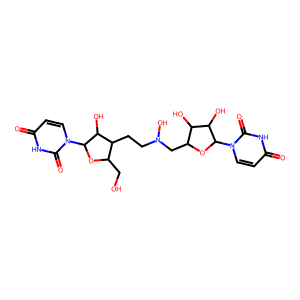
SMILES: O=c1ccn(C2OC(CN(O)CCC3C(CO)OC(n4ccc(=O)[nH]c4=O)C3O)C(O)C2O)c(=O)[nH]1
Inhibits HIV replication: No